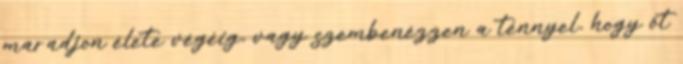
maradjon élete végéig, vagy szembenézzen a ténnyel, hogy őt